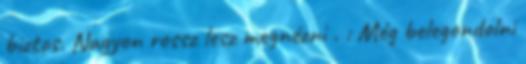
biztos. Nagyon rossz lesz megnézni . : Még belegondolni